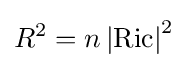
R^{2}=n\left|\operatorname {Ric} \right|^{2}